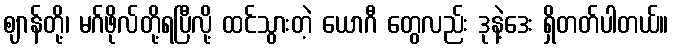
ဈာန်တို့၊ မဂ်ဖိုလ်တို့ရပြီလို့ ထင်သွားတဲ့ ယောဂီ တွေလည်း ဒုနဲ့ဒေး ရှိတတ်ပါတယ်။